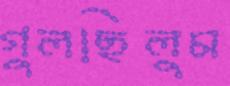
গুলছিলুম